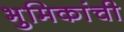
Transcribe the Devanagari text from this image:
भुमिकांची